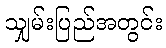
သျှမ်းပြည်အတွင်း